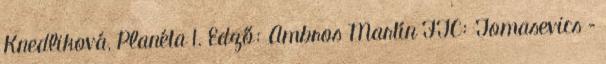
Knedliková, Planéta 1. Edző: Ambros Martín FTC: Tomasevics –